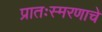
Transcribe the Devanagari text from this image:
प्रातःस्मरणाचे